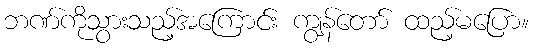
ဘဏ်ကိုသွားသည့်အကြောင်း ကျွန်တော် ထည့်မပြော။